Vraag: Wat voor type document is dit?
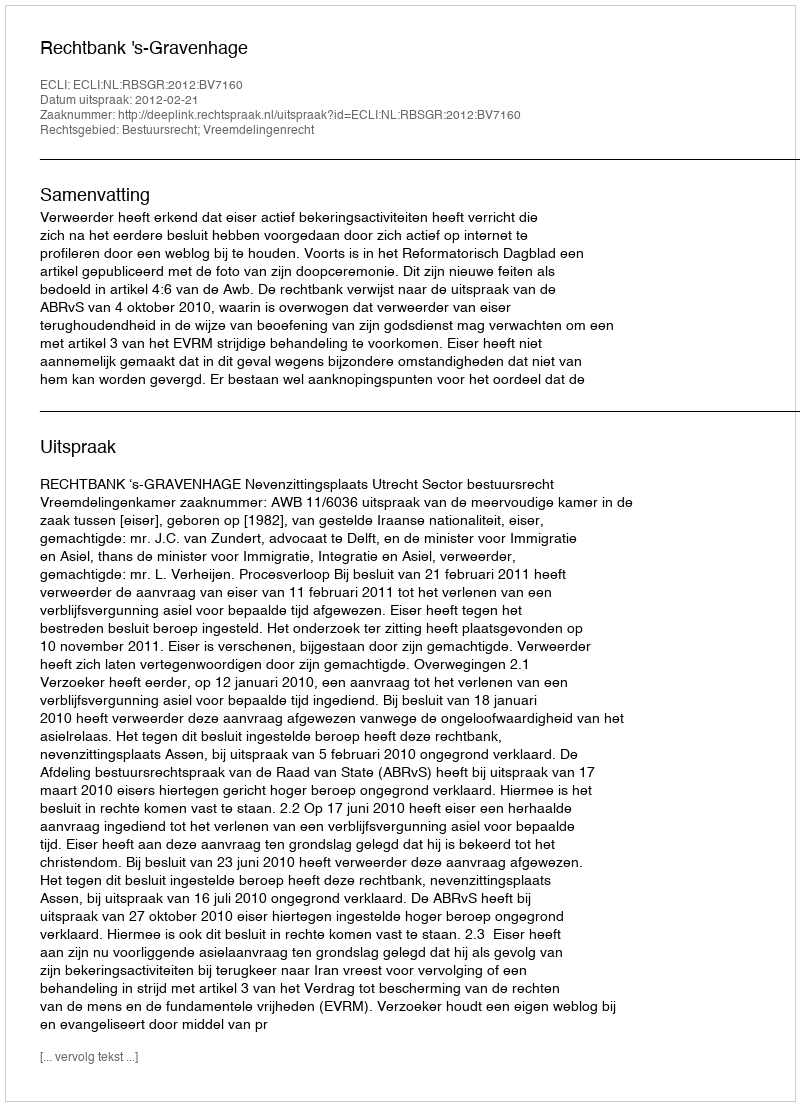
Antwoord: Uitspraak